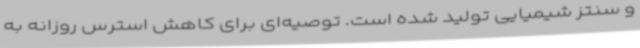
و سنتز شیمیایی تولید شده‌ است. توصیه‌ای برای کاهش استرس روزانه به